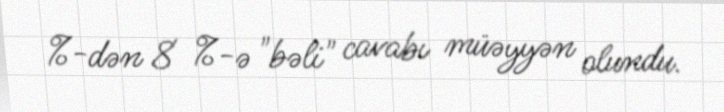
%-dən 8 %-ə "bəli" cavabı müəyyən olundu.